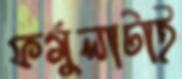
ফর্মুলাটাই